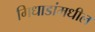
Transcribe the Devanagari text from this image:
गिधाडांमधील